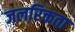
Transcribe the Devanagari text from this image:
जलरिक्तता